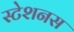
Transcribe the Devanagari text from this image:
स्टेशनस